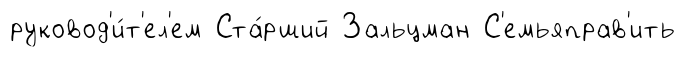
руковод'и́т'ел'ем Ста́рший Зальцман С'емьяправ'ить